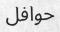
حوافل